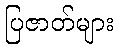
ပြဇာတ်များ